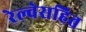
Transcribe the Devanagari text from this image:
रेल्वेसहित